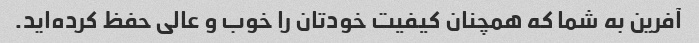
آفرین به شما که همچنان کیفیت خودتان را خوب و عالی حفظ کرده‌اید.